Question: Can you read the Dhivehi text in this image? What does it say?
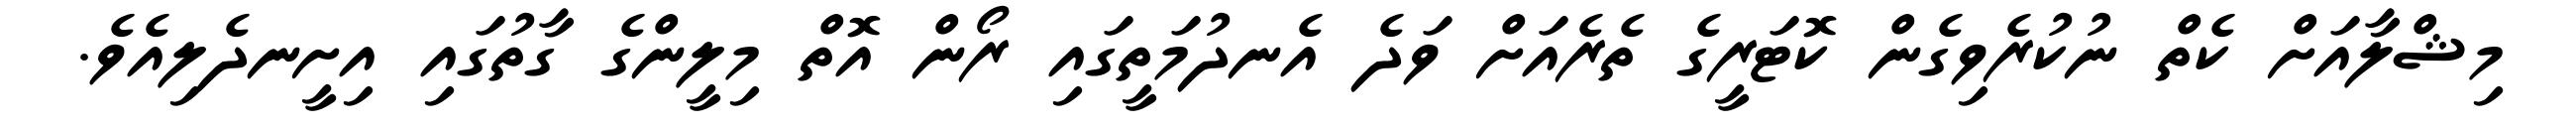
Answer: މިޝްލާއަށް ކެތް ނުކުރެވިގެން ކޮޓަރީގެ ތެރެއަށް ވަދެ އެނދުމަތީގައި ރޯން އޮތް މިލީންގެ ގާތުގައި އިށީނދެލިއެވެ.